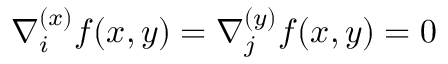
\nabla _ { i } ^ { ( x ) } f ( x , y ) = \nabla _ { j } ^ { ( y ) } f ( x , y ) = 0